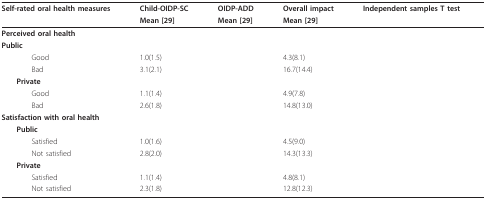
<table><thead><tr><td><b>Self-rated oral health measures</b></td><td><b>Child-OIDP-SC</b></td><td><b>OIDP-ADD</b></td><td><b>Overall impact</b></td><td><b>Independent samples T test</b></td></tr><tr><td>[EMPTY_CELL]</td><td><b>Mean [29]</b></td><td><b>Mean [29]</b></td><td><b>Mean [29]</b></td><td>[EMPTY_CELL]</td></tr></thead><tbody><tr><td><b>Perceived oral health</b></td><td>[EMPTY_CELL]</td><td>[EMPTY_CELL]</td><td>[EMPTY_CELL]</td><td>[EMPTY_CELL]</td></tr><tr><td> <b>Public</b></td><td>[EMPTY_CELL]</td><td>[EMPTY_CELL]</td><td>[EMPTY_CELL]</td><td>[EMPTY_CELL]</td></tr><tr><td>Good</td><td>1.0(1.5)</td><td>[EMPTY_CELL]</td><td>4.3(8.1)</td><td>[EMPTY_CELL]</td></tr><tr><td>Bad</td><td>3.1(2.1)</td><td>[EMPTY_CELL]</td><td>16.7(14.4)</td><td>[EMPTY_CELL]</td></tr><tr><td> <b>Private</b></td><td>[EMPTY_CELL]</td><td>[EMPTY_CELL]</td><td>[EMPTY_CELL]</td><td>[EMPTY_CELL]</td></tr><tr><td>Good</td><td>1.1(1.4)</td><td>[EMPTY_CELL]</td><td>4.9(7.8)</td><td>[EMPTY_CELL]</td></tr><tr><td>Bad</td><td>2.6(1.8)</td><td>[EMPTY_CELL]</td><td>14.8(13.0)</td><td>[EMPTY_CELL]</td></tr><tr><td><b>Satisfaction with oral health</b></td><td>[EMPTY_CELL]</td><td>[EMPTY_CELL]</td><td>[EMPTY_CELL]</td><td>[EMPTY_CELL]</td></tr><tr><td> <b>Public</b></td><td>[EMPTY_CELL]</td><td>[EMPTY_CELL]</td><td>[EMPTY_CELL]</td><td>[EMPTY_CELL]</td></tr><tr><td>Satisfied</td><td>1.0(1.6)</td><td>[EMPTY_CELL]</td><td>4.5(9.0)</td><td>[EMPTY_CELL]</td></tr><tr><td>Not satisfied</td><td>2.8(2.0)</td><td>[EMPTY_CELL]</td><td>14.3(13.3)</td><td>[EMPTY_CELL]</td></tr><tr><td> <b>Private</b></td><td>[EMPTY_CELL]</td><td>[EMPTY_CELL]</td><td>[EMPTY_CELL]</td><td>[EMPTY_CELL]</td></tr><tr><td>Satisfied</td><td>1.1(1.4)</td><td>[EMPTY_CELL]</td><td>4.8(8.1)</td><td>[EMPTY_CELL]</td></tr><tr><td>Not satisfied</td><td>2.3(1.8)</td><td>[EMPTY_CELL]</td><td>12.8(12.3)</td><td>[EMPTY_CELL]</td></tr></tbody></table>